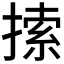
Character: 𢱢